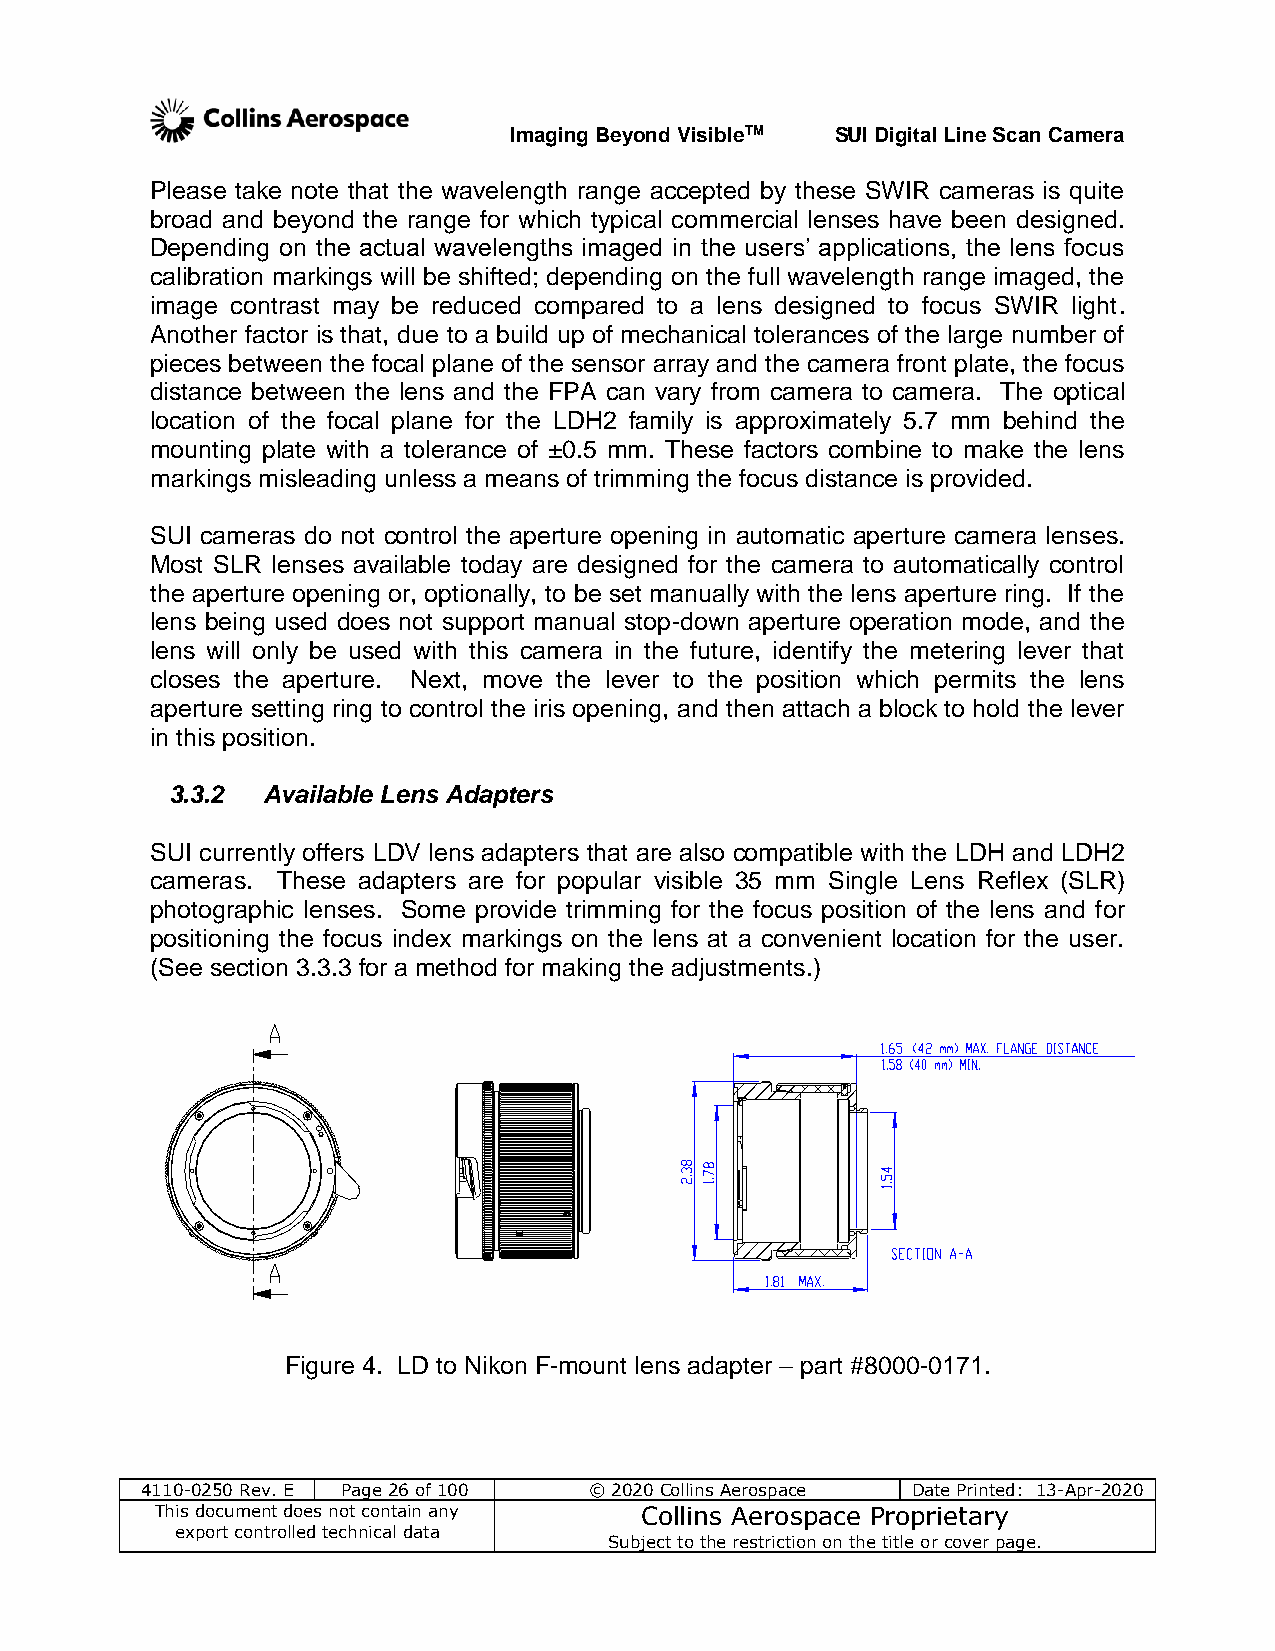
Imaging Beyond VisibleTM SUI Digital Line Scan Camera
 Please take note that the wavelength range accepted by these SWIR cameras is quite
 broad and beyond the range for which typical commercial lenses have been designed.
 Depending on the actual wavelengths imaged in the users’ applications, the lens focus
 calibration markings will be shifted; depending on the full wavelength range imaged, the
 image contrast may be reduced compared to a lens designed to focus SWIR light.
 Another factor is that, due to a build up of mechanical tolerances of the large number of
 pieces between the focal plane of the sensor array and the camera front plate, the focus
 distance between the lens and the FPA can vary from camera to camera. The optical
 location of the focal plane for the LDH2 family is approximately 5.7 mm behind the
 mounting plate with a tolerance of ±0.5 mm. These factors combine to make the lens
 markings misleading unless a means of trimming the focus distance is provided.
 SUI cameras do not control the aperture opening in automatic aperture camera lenses.
 Most SLR lenses available today are designed for the camera to automatically control
 the aperture opening or, optionally, to be set manually with the lens aperture ring. If the
 lens being used does not support manual stop-down aperture operation mode, and the
 lens will only be used with this camera in the future, identify the metering lever that
 closes the aperture. Next, move the lever to the position which permits the lens
 aperture setting ring to control the iris opening, and then attach a block to hold the lever
 in this position.
 3.3.2 Available Lens Adapters
 SUI currently offers LDV lens adapters that are also compatible with the LDH and LDH2
 cameras. These adapters are for popular visible 35 mm Single Lens Reflex (SLR)
 photographic lenses. Some provide trimming for the focus position of the lens and for
 positioning the focus index markings on the lens at a convenient location for the user.
 (See section 3.3.3 for a method for making the adjustments.)
 Figure 4. LD to Nikon F-mount lens adapter – part #8000-0171.
 4110-0250 Rev. E Page 26 of 100 © 2020 Collins Aerospace Date Printed: 13-Apr-2020
 This document does not contain any Collins Aerospace Proprietary
 export controlled technical data
 Subject to the restriction on the title or cover page.